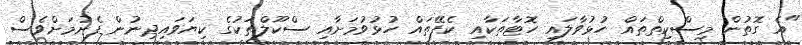
"އެ ގޮތުން މިސްކިތްތައް ހުޅުވާލައި ހޮޓާތަކާއި ކެފޭތައް ހުޅުވުމަށާއި ސްކޫލްތަކުގެ ކިޔަވައިދިނުން ފެށުމަށްވެސް